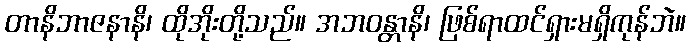
တာနိဘာဇနာနိ၊ ထိုအိုးတို့သည်။ အဘဝန္တာနိ၊ ဖြစ်ရာထင်ရှားမရှိကုန်ဘဲ။